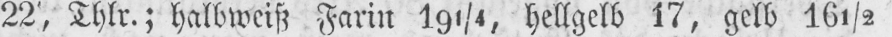
22, Thlr.; halbweiß Farin 191/4, hellgelb 17, gelb I6½